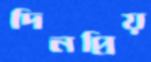
দিনপ্রিয়